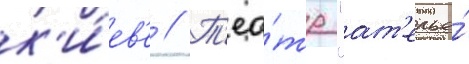
к'и́ев'е // Т'еа́тр "ат'елье́